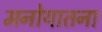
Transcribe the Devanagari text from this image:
मनोयातना